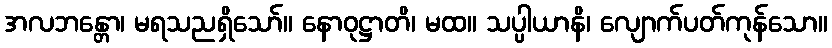
အလဘန္တော၊ မရသညရှိသော်။ နောဝုဋ္ဌာတိ၊ မထ။ သပ္ပါယာနိ၊ လျောက်ပတ်ကုန်သော။